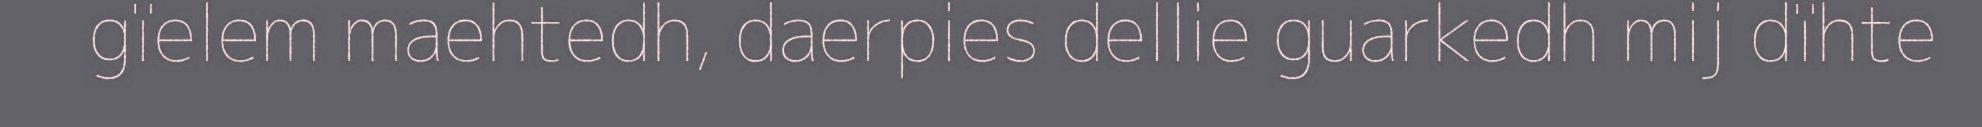
gïelem maehtedh, daerpies dellie guarkedh mij dïhte